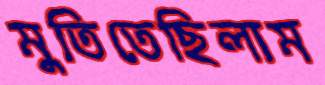
মুতিতেছিলাম